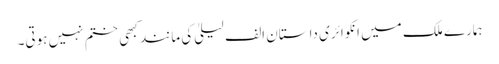
ہمارے ملک میں انکوائری داستان الف لیلیٰ کی مانند کبھی ختم نہیں ہوتی۔